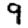
Digit: 9